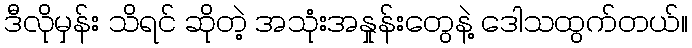
ဒီလိုမှန်း သိရင် ဆိုတဲ့ အသုံးအနှုန်းတွေနဲ့ ဒေါသထွက်တယ်။